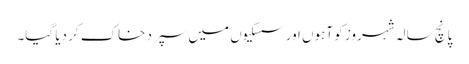
پانچ سالہ شہروز کو آہوں اورسسکیوں میں سپرد خاک کر دیا گیا۔